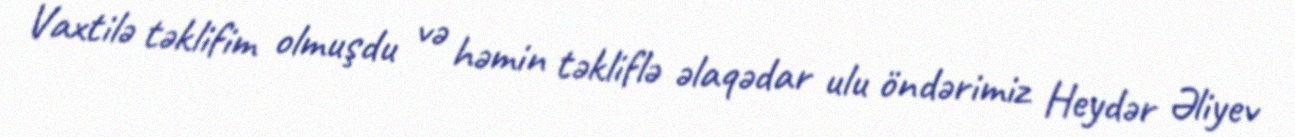
Vaxtilə təklifim olmuşdu və həmin təkliflə əlaqədar ulu öndərimiz Heydər Əliyev